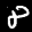
Label: 8